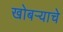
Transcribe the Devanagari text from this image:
खोबर्‍याचे